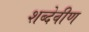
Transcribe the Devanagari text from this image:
शब्देवीण